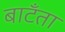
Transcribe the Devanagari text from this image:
बाटँता